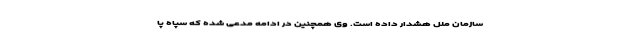
سازمان ملل هشدار داده است. وی همچنین در ادامه مدعی شده که سپاه پا